Scientific memoirs by medical officers of the Army of India - Part XII,
Year: 1901
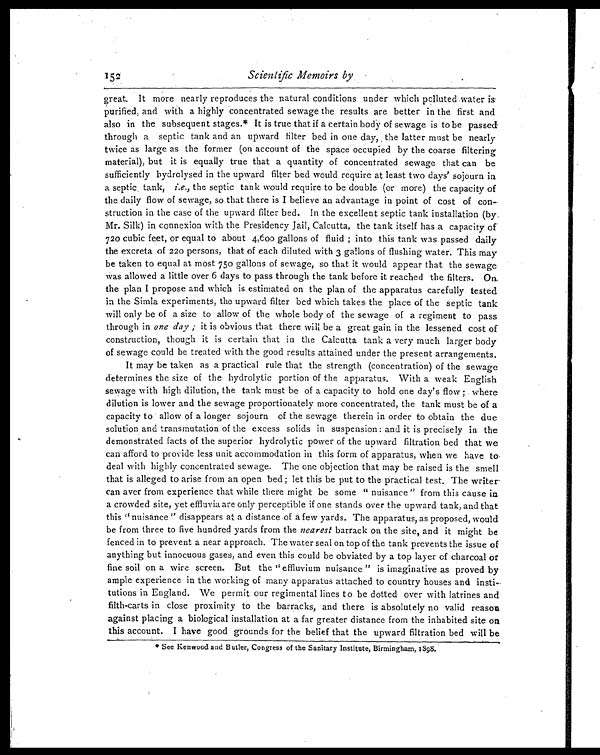
Scientific Memoirs by
great. It more nearly reproduces the natural conditions under which polluted water is
purified, and with a highly concentrated sewage the results are better in the first and
also in the subsequent stages.* It is true that if a certain body of sewage is to be passed
through a septic tank and an upward filter bed in one day, the latter must be nearly
twice as large as the former (on account of the space occupied by the coarse filtering
material), but it is equally true that a quantity of concentrated sewage that can be
sufficiently hydrolysed in the upward filter bed would require at least two days' sojourn in
a septic tank, i.e., the septic tank would require to be double (or more) the capacity of
the daily flow of sewage, so that there is I believe an advantage in point of cost of con
-struction in the case of the upward filter bed. In the excellent septic tank installation (by
Mr. Silk) in connexion with the Presidency Jail, Calcutta, the tank itself has a capacity of
720 cubic feet, or equal to about 4,600 gallons of fluid; into this tank was passed daily
the excreta of 220 persons, that of each diluted with 3 gallons of flushing water. This may
be taken to equal at most 750 gallons of sewage, so that it would appear that the sewage
was allowed a little over 6 days to pass through the tank before it reached the filters. On
the plan I propose and which is estimated on the plan of the apparatus carefully tested
in the Simla experiments, the upward filter bed which takes the place of the septic tank
will only be of a size to allow of the whole body of the sewage of a regiment to pass
through in one day; it is obvious that there will be a great gain in the lessened cost of
construction, though it is certain that in the Calcutta tank a very much larger body
of sewage could be treated with the good results attained under the present arrangements.
It may be taken as a practical rule that the strength (concentration) of the sewage
determines the size of the hydrolytic portion of the apparatus. With a weak English
sewage with high dilution, the tank must be of a capacity to hold one day's flow; where
dilution is lower and the sewage proportionately more concentrated, the tank must be of a
capacity to allow of a longer sojourn of the sewage therein in order to obtain the due
solution and transmutation of the excess solids in suspension: and it is precisely in the
demonstrated facts of the superior hydrolytic power of the upward filtration bed that we
can afford to provide less unit accommodation in this form of apparatus, when we have to
deal with highly concentrated sewage. The one objection that may be raised is the smell
that is alleged to arise from an open bed; let this be put to the practical test. The writer
can aver from experience that while there might be some "nuisance" from this cause in
a crowded site, yet effluvia are only perceptible if one stands over the upward tank, and that
this "nuisance" disappears at a distance of a few yards. The apparatus, as proposed, would
be from three to five hundred yards from the nearest barrack on the site, and it might be
fenced in to prevent a near approach. The water seal on top of the tank prevents the issue of
anything but innocuous gases, and even this could be obviated by a top layer of charcoal or
fine soil on a wire screen. But the "effluvium nuisance" is imaginative as proved by
ample experience in the working of many apparatus attached to country houses and insti
-tutions in England. We permit our regimental lines to be dotted over with latrines and
filth-carts in close proximity to the barracks, and there is absolutely no valid reason
against placing a biological installation at a far greater distance from the inhabited site on
this account. I have good grounds for the belief that the upward filtration bed will be
* See Kenwood and Butler, Congress of the Sanitary Institute, Birmingham, 1898.
152